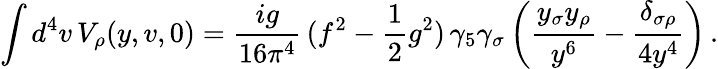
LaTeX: \int d^{4}v\, V_{\rho}(y,v,0)=\frac{ig}{16\pi^{4}}\, (f^{2}-\frac{1}{2}g^{2})\, \gamma_{5}\gamma_{\sigma}\left(\frac{y_{\sigma}y_{\rho}}{y^{6}}-\frac{\delta_{\sigma\rho}}{4y^{4}}\right)\, .